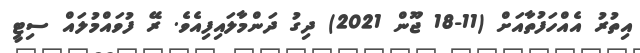
އިތުރު އެއްހަފުތާއަށް (11-18 ޖޫން 2021) ދިގު ދަންމާލައިފިއެވެ. ރޭ ފުވައްމުލައް ސިޓީ